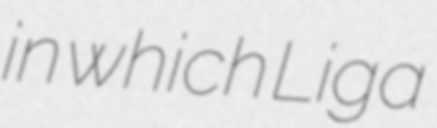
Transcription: in which Liga